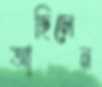
আছিলেন